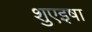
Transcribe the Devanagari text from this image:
शुएइषा